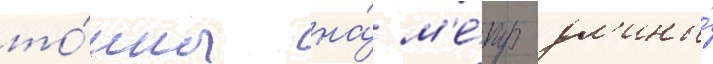
то́нны на́ м'е́тр дл'ины́